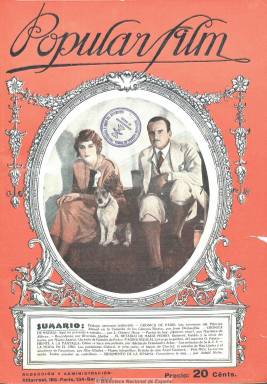
Título: Popular film
Colección: Cine
Ámbito geográfico: Barcelona
Lugar de publicación: Barcelona
Fechas: 05/08/1926-19/07/1934

Uno de los principales semanarios de cine donde se van a dar cita periodistas y críticos libertarios que durante la República y la guerra civil serán también documentalistas cinematográficos, algunos de ellos después fusilados y en su mayor parte exiliados. Impreso en Barcelona en huecograbado y con numerosos recursos gráficos. Hasta 1935 fue su director literario el periodista, escritor y documentalista cinematográfico, militante anarquista de CNT-FAI, Mateo Sanz (1891-), quien será sustituido por el futuro franquista Luis Gómez Mesa (1902-), que antes había sido secretario de redacción de la delegación de la revista en Madrid.

Contiene novedades y estrenos, crítica, artículos de divulgación, biografías, entrevistas, reportajes, novelas y partituras musicales, dedicándole también espacio a la actualidad y crítica teatral y a la publicidad comercial. Estampado en 18 páginas, que después ampliaría.

Lope Fernando Martínez de Ribera fue su redactor jefe hasta 1927, cuando fue sustituido por Enrique Vidal; José Guitart Farura (-1993), su director musical; S. Torres Benet, director técnico; Isidoro Bultó Casanovas, gerente, y Jaime Olivet Vives, administrador.

Su delegación en Madrid, además de Luis Gómez Mesa, que en 1932 sería sustituido por Antonio Guzmán Merino, estuvo a cargo de Domingo Romero, y sus colaboradores fueron José Murillo Niebla, Ramón Escrivá de Romaní, Carlos Aguilar, el fotógrafo José Luque y el dibujante Miguel de Eguía, así como Leonor de Santa Pola (seudónimo).

Entre sus colaboradores contó con el que después sería importante director de cine Rafael Gil (1913-1986), así como con Juan Piqueras (1904-1936), Ginés Alonso (1911-1988), Rosendo Llurba (1887-1954), Carlos Ruiz-Funes Amorós (1905-1967), Francisco Carrasco de la Rubia (1905-1939), Adolfo Ballano Bueno, Clemente Cruzado García, J. Llano de Cosso, Alberto Mar, Antonio Blanco, Fernando Rondón y Ángel Lescarboura, que utilizó el seudónimo Les,

También contó con corresponsalías en París y Nueva York. En Berlín lo fueron Armand Guerra (1886-1939) y Jean Desjardins.,

La revista desapareció en enero de 1937.